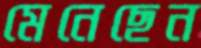
মেনেছেন